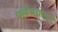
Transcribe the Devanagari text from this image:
फ्लेमथ्रोवर